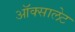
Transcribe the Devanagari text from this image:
ऑक्सालेट